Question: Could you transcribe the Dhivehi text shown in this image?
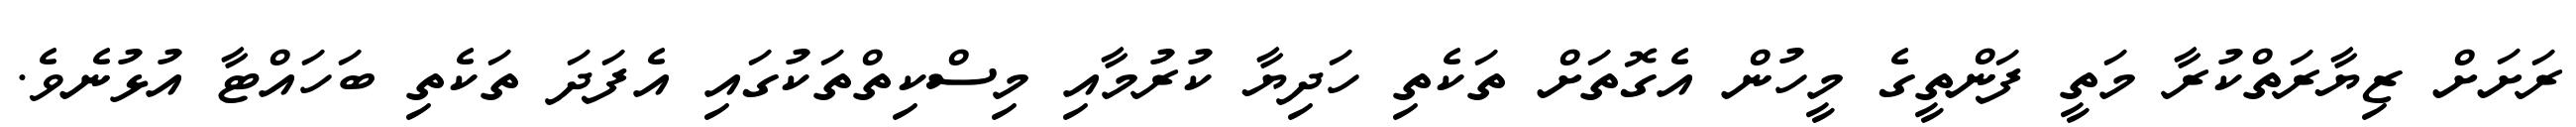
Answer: ރަށަށް ޒިޔާރަތްކުރާ މަތީ ފަންތީގެ މީހުން އެގޮތަށް ތަކެތި ހަދިޔާ ކުރުމާއި މިސްކިތްތަކުގައި އެފަދަ ތަކެތި ބަހައްޓާ އުޅުނެވެ.